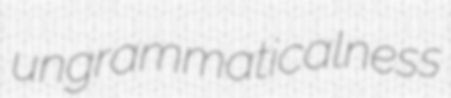
ungrammaticalness